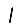
Digit: 1